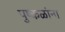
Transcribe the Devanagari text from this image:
पुष्‍कळांना